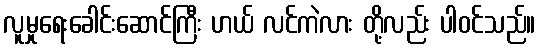
လူမှုရေးခေါင်းဆောင်ကြီး ဟယ် လင်ကဲလား တို့လည်း ပါဝင်သည်။